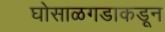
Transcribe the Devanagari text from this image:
घोसाळगडाकडून